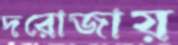
দরোজায়